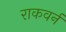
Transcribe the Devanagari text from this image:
राकवर्न